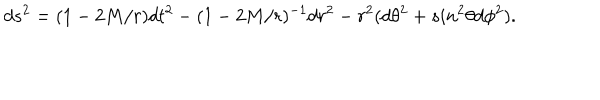
d s ^ { 2 } = ( 1 - 2 M / r ) d t ^ { 2 } - ( 1 - 2 M / r ) ^ { - 1 } d r ^ { 2 } - r ^ { 2 } ( d \theta ^ { 2 } + s i n ^ { 2 } \theta d \phi ^ { 2 } ) .